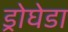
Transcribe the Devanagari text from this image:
ड्रोघेडा